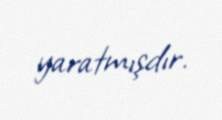
yaratmışdır.